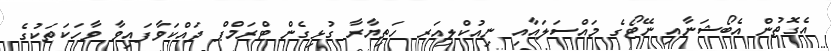
އެގޮތުން އެބޯޝަނާއި ނޭޓޯގެ މައްސަލައާއި ނިއުކްލިއަރ ހަތިޔާރާ ގުޅިގެން ޓްރަމްޕް ދައްކަވާފައިވާ ވާހަކަތަކުގެ